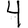
Digit: 4